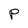
Character: p